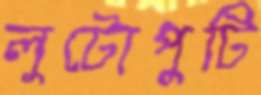
লুটোপুটি